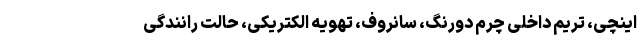
اینچی، تریم داخلی چرم دورنگ، سانروف، تهویه الکتریکی، حالت رانندگی